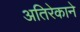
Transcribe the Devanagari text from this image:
अतिरेकाने